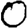
Digit: 0